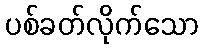
ပစ်ခတ်လိုက်သော